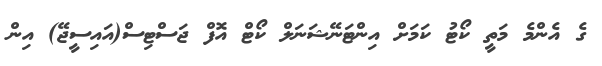
ގެ އެންމެ މަތީ ކޯޓު ކަމަށް އިންޓަނޭޝަނަލް ކޯޓް އޮފް ޖަސްޓިސް(އައިސީޖޭ) އިން